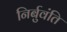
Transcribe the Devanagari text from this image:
निर्बुवंति